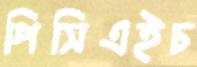
পিসিএইচ